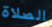
الصلاة